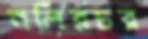
নলিরচর